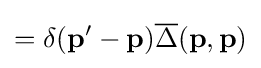
=\delta (\mathbf {p} ^{\prime }-\mathbf {p} ){\overline {\Delta }}(\mathbf {p} ,\mathbf {p} )